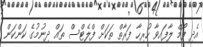
އެދި ފޯމް ލާފައިވާ ހުރިހާ ފަރާތް ތަކަށް ފްލެޓްސް ތައް ދިނުމުގެ ކަންކަން